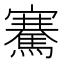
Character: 騫